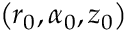
\left( r _ { 0 } , \alpha _ { 0 } , z _ { 0 } \right)